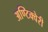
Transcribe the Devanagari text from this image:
अण्टिक्वेरी